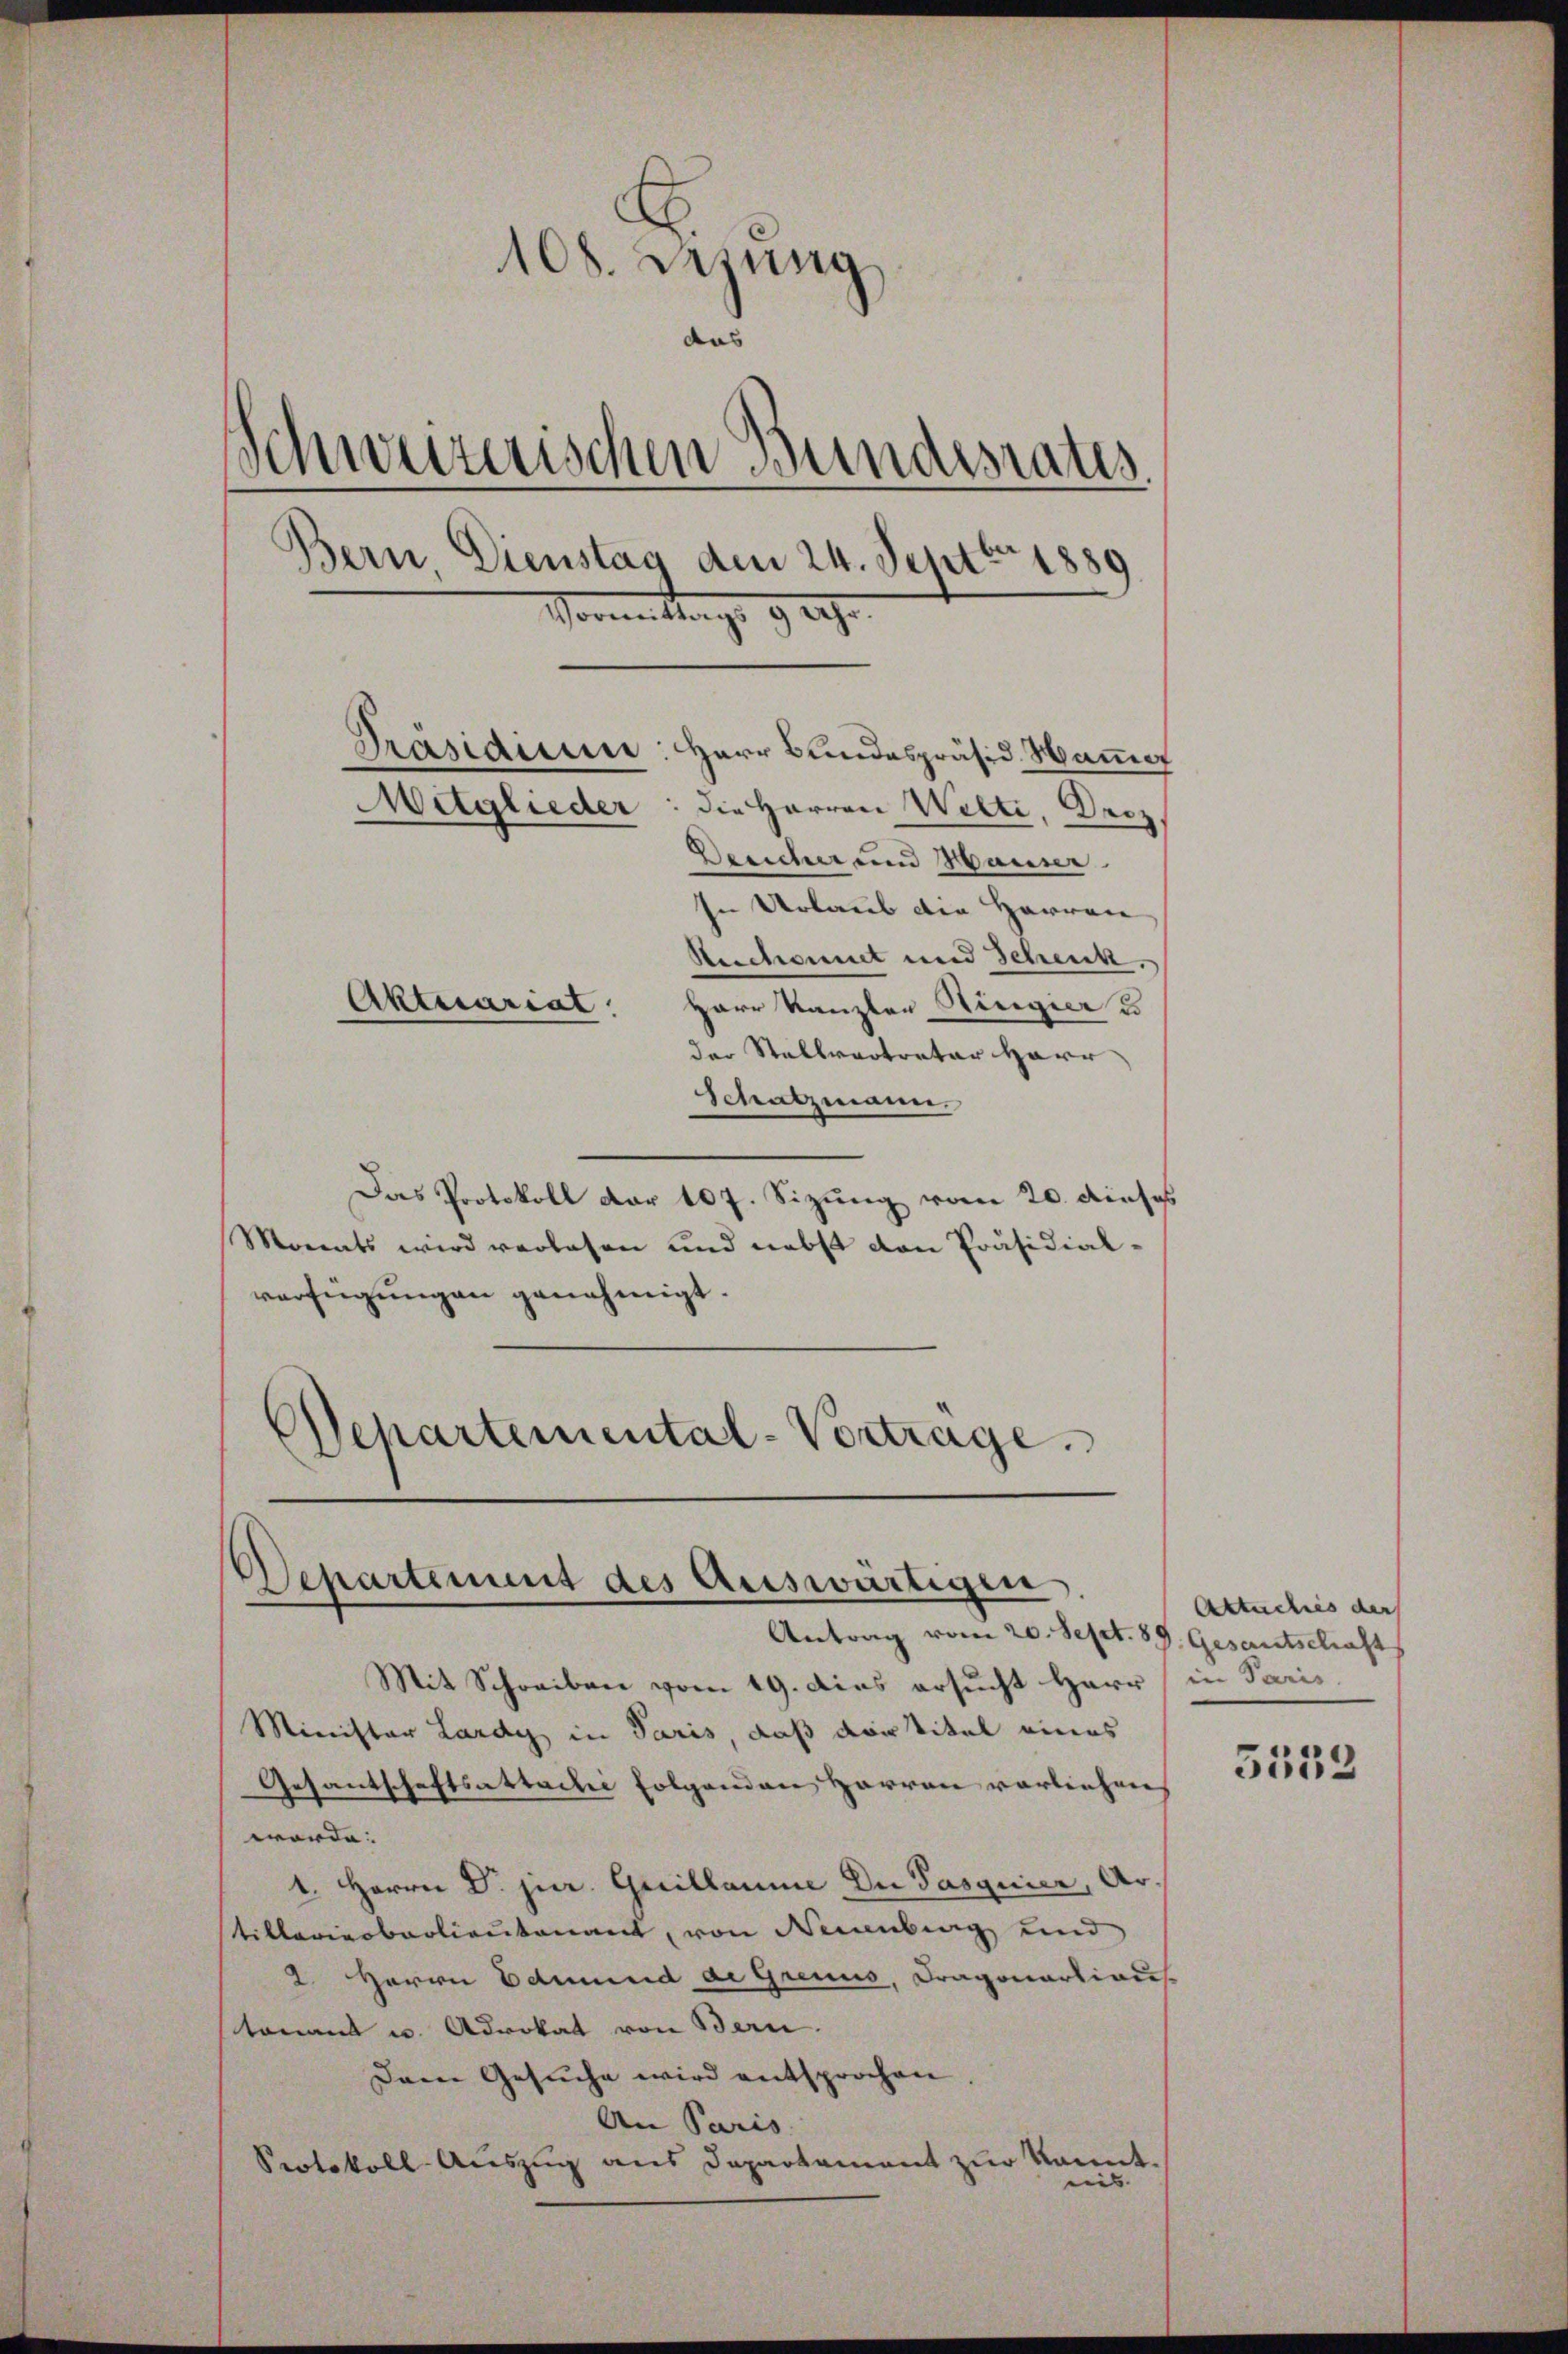
108. Lesung
das
e
inweizerischen Wundesrates.
Bern Dienstag den 24. Sept. 1889
Vorrentrags 9 209.
Präsidium: Herr Bundespräsid. Manne
Mitglieder: die Herren Welti, Decz
Desicher und Manne.
In Urlaub die Herren
Reichennet und Schenk.
Aktuariat
Herr Kanzler Ringer u
der Stellvertreter Harr

Schatzmann.
Das Protokoll der 107. Sizung vom 20. dieses
Monats wird verlesen und nebst von Präsidial-
verfügungen genehmigt.
Separtemental-Vortrage.

Departement des Auswärtigen
Antrag vom 20. Sept. 89. Gesantschaft

Mit Schreiben vom 19. dies ersucht Herr (in Paris,
Minister Lardy in Paris, daß dortitel eines
Gesantschaftsattachi folgenden Herren vorliehens
worde:
1. Herrn Dr. jur. Guillaume Du Pasquier, Artiklerierbarlieutenant, von Neuenburg und
2. Herrn Edmund de Greins, Dragonartiaus.
tomant u. Advokat von Bern.
Dem Gesuche wird entsprochen
An Paris.
Protokoll Auszug aus Departement zur kannt.
ein |

Aktuches der

5552